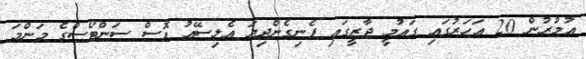
އުމުރުން 20 އަހަރުގައި ގައުމީ ޖާޒީގައި ފެނިގެންދިޔަ އެލިސޭއު ޑޮސް ސަންޓޯސްގެ މަންމަ